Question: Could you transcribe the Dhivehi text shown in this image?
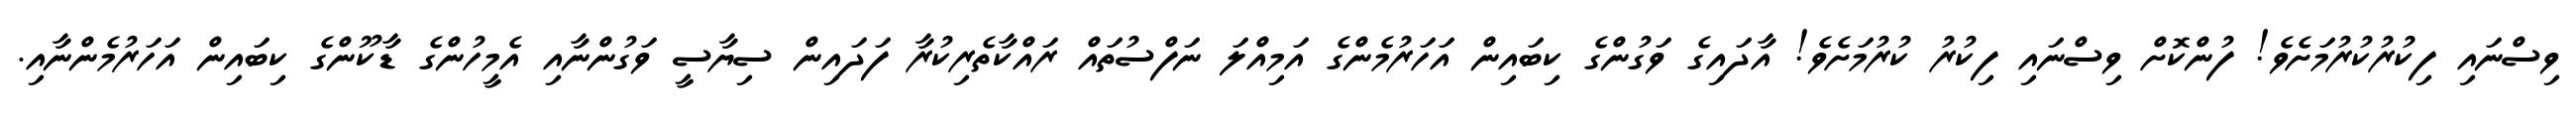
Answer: ވިސްނައި ފިކުރުކުރުމަށެވެ! ފުންކޮށް ވިސްނައި ފިކުރު ކުރުމަށެވެ! އާދައިގެ ވަގުންގެ ކިބައިން އަހަރުމެންގެ އަމިއްލަ ނަފްސުތައް ރައްކާތެރިކުރާ ފަދައިން ސިޔާސީ ވަގުންނާއި އެމީހުންގެ ޑާކޫންގެ ކިބައިން އަހަރުމެންނާއި.